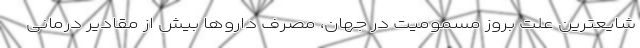
شایعترین علت بروز مسمومیت در جهان، مصرف داروها بیش از مقادیر درمانی